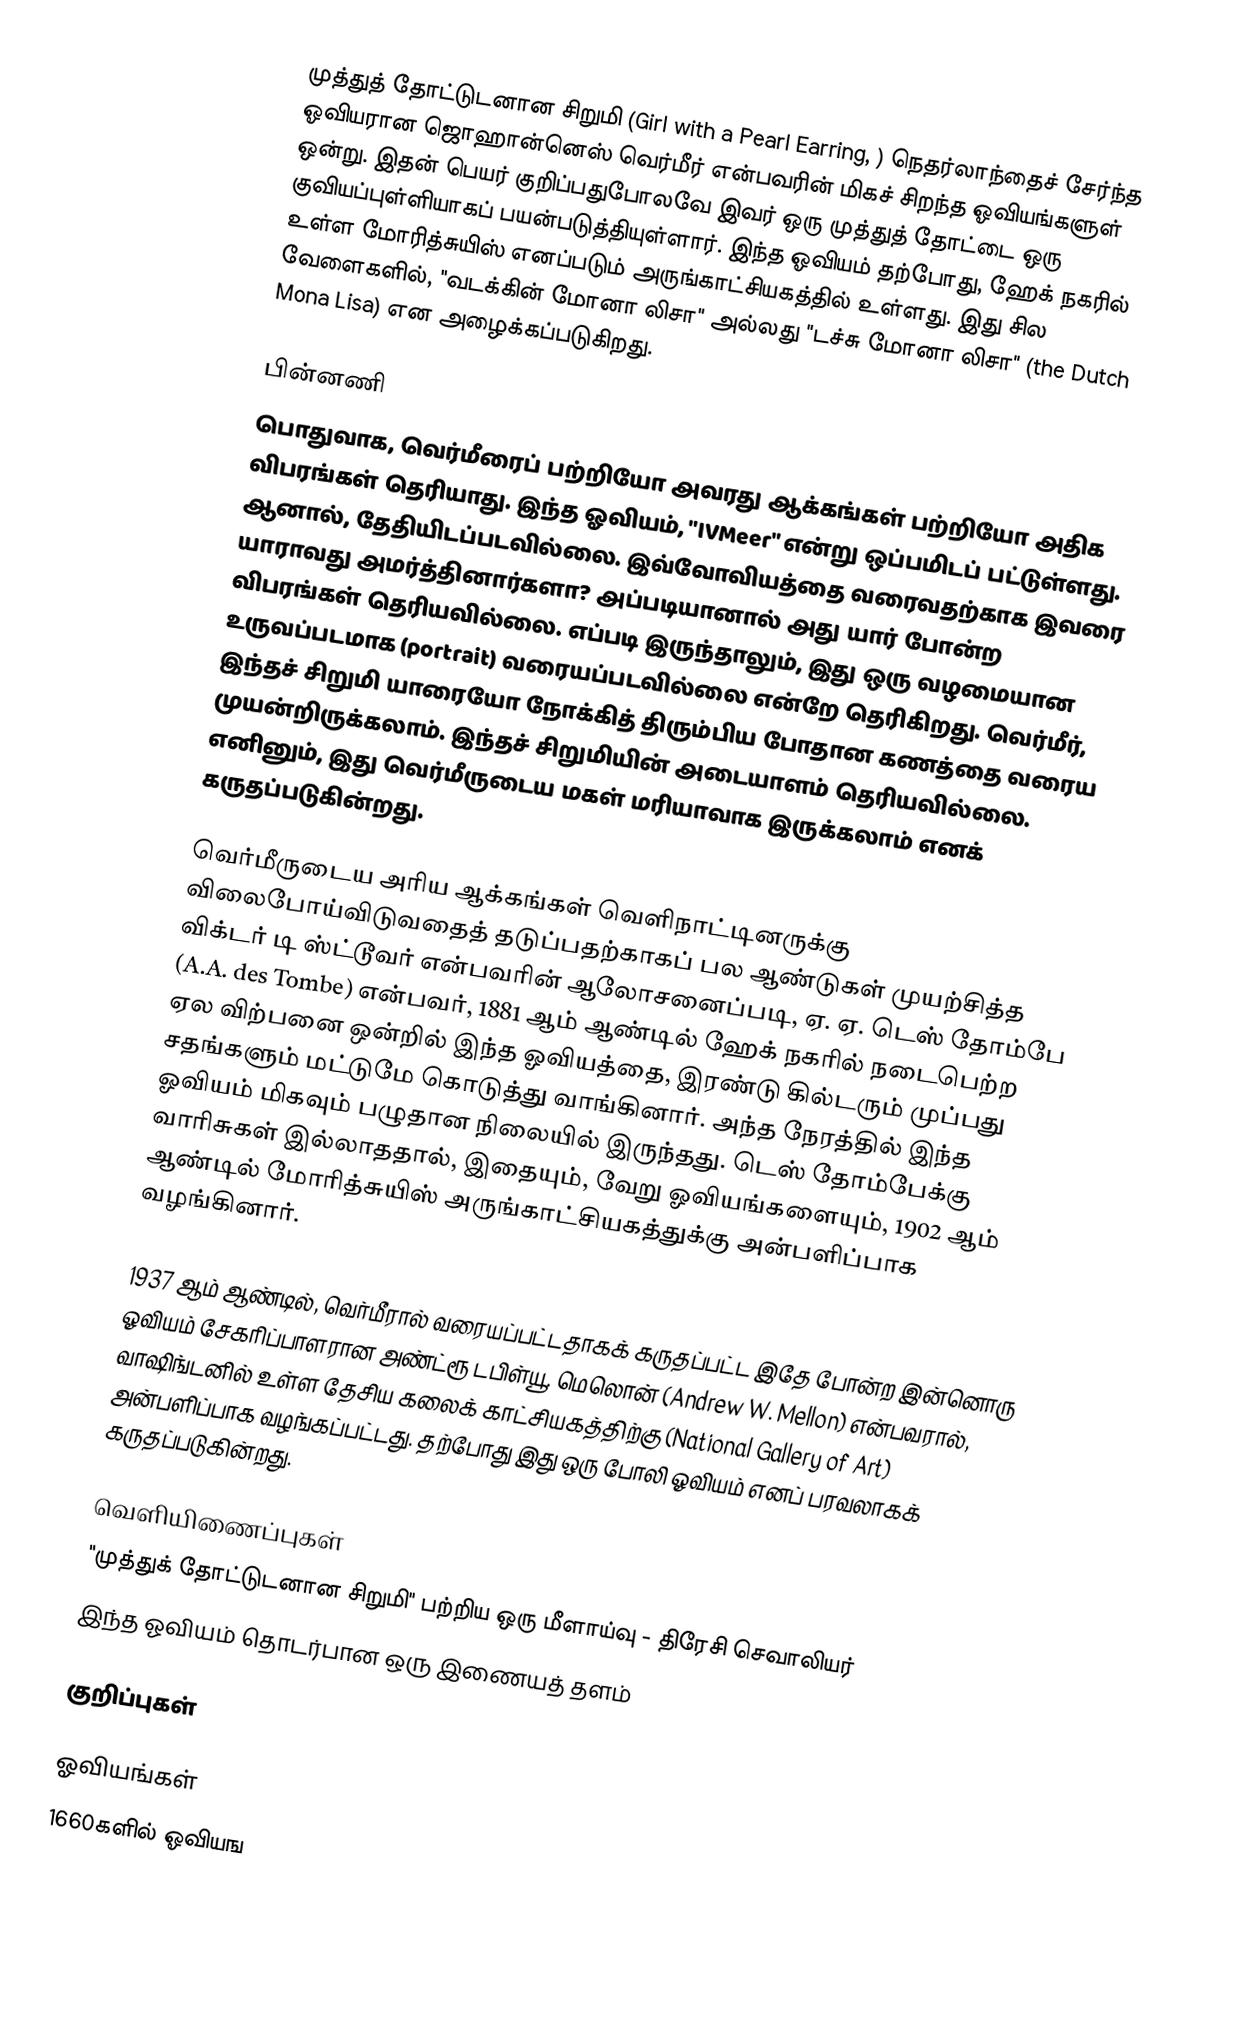
முத்துத் தோட்டுடனான சிறுமி (Girl with a Pearl Earring, ) நெதர்லாந்தைச் சேர்ந்த ஓவியரான ஜொஹான்னெஸ் வெர்மீர் என்பவரின் மிகச் சிறந்த ஓவியங்களுள் ஒன்று. இதன் பெயர் குறிப்பதுபோலவே இவர் ஒரு முத்துத் தோட்டை ஒரு குவியப்புள்ளியாகப் பயன்படுத்தியுள்ளார். இந்த ஓவியம் தற்போது, ஹேக் நகரில் உள்ள மோரித்சுயிஸ் எனப்படும் அருங்காட்சியகத்தில் உள்ளது. இது சில வேளைகளில், "வடக்கின் மோனா லிசா" அல்லது "டச்சு மோனா லிசா" (the Dutch Mona Lisa) என அழைக்கப்படுகிறது.

பின்னணி
பொதுவாக, வெர்மீரைப் பற்றியோ அவரது ஆக்கங்கள் பற்றியோ அதிக விபரங்கள் தெரியாது. இந்த ஓவியம், "IVMeer" என்று ஒப்பமிடப் பட்டுள்ளது. ஆனால், தேதியிடப்படவில்லை. இவ்வோவியத்தை வரைவதற்காக இவரை யாராவது அமர்த்தினார்களா? அப்படியானால் அது யார் போன்ற விபரங்கள் தெரியவில்லை. எப்படி இருந்தாலும், இது ஒரு வழமையான உருவப்படமாக (portrait) வரையப்படவில்லை என்றே தெரிகிறது. வெர்மீர், இந்தச் சிறுமி யாரையோ நோக்கித் திரும்பிய போதான கணத்தை வரைய முயன்றிருக்கலாம். இந்தச் சிறுமியின் அடையாளம் தெரியவில்லை. எனினும், இது வெர்மீருடைய மகள் மரியாவாக இருக்கலாம் எனக் கருதப்படுகின்றது.

வெர்மீருடைய அரிய ஆக்கங்கள் வெளிநாட்டினருக்கு விலைபோய்விடுவதைத் தடுப்பதற்காகப் பல ஆண்டுகள் முயற்சித்த விக்டர் டி ஸ்ட்டூவர் என்பவரின் ஆலோசனைப்படி, ஏ. ஏ. டெஸ் தோம்பே (A.A. des Tombe) என்பவர், 1881 ஆம் ஆண்டில் ஹேக் நகரில் நடைபெற்ற ஏல விற்பனை ஒன்றில் இந்த ஓவியத்தை, இரண்டு கில்டரும் முப்பது சதங்களும் மட்டுமே கொடுத்து வாங்கினார். அந்த நேரத்தில் இந்த ஓவியம் மிகவும் பழுதான நிலையில் இருந்தது. டெஸ் தோம்பேக்கு வாரிசுகள் இல்லாததால், இதையும், வேறு ஓவியங்களையும், 1902 ஆம் ஆண்டில் மோரித்சுயிஸ் அருங்காட்சியகத்துக்கு அன்பளிப்பாக வழங்கினார்.

1937 ஆம் ஆண்டில், வெர்மீரால் வரையப்பட்டதாகக் கருதப்பட்ட இதே போன்ற இன்னொரு ஓவியம் சேகரிப்பாளரான அண்ட்ரூ டபிள்யூ. மெலொன் (Andrew W. Mellon) என்பவரால், வாஷிங்டனில் உள்ள தேசிய கலைக் காட்சியகத்திற்கு (National Gallery of Art) அன்பளிப்பாக வழங்கப்பட்டது. தற்போது இது ஒரு போலி ஓவியம் எனப் பரவலாகக் கருதப்படுகின்றது.

வெளியிணைப்புகள்
"முத்துக் தோட்டுடனான சிறுமி" பற்றிய ஒரு மீளாய்வு - திரேசி செவாலியர்
இந்த ஓவியம் தொடர்பான ஒரு இணையத் தளம்

குறிப்புகள்

ஓவியங்கள்
1660களில் ஓவியங